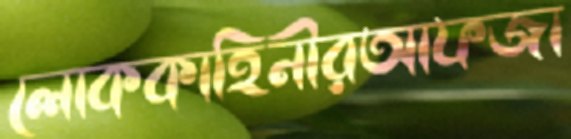
লোককাহিনীরআফজা